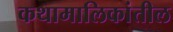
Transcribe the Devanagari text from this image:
कथामालिकांतील